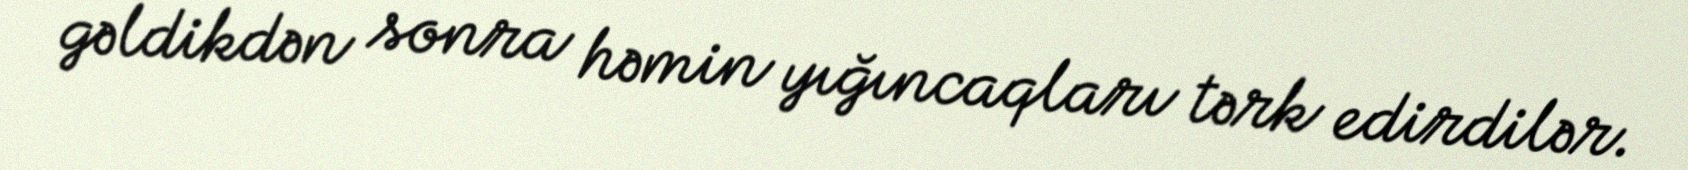
gəldikdən sonra həmin yığıncaqları tərk edirdilər.